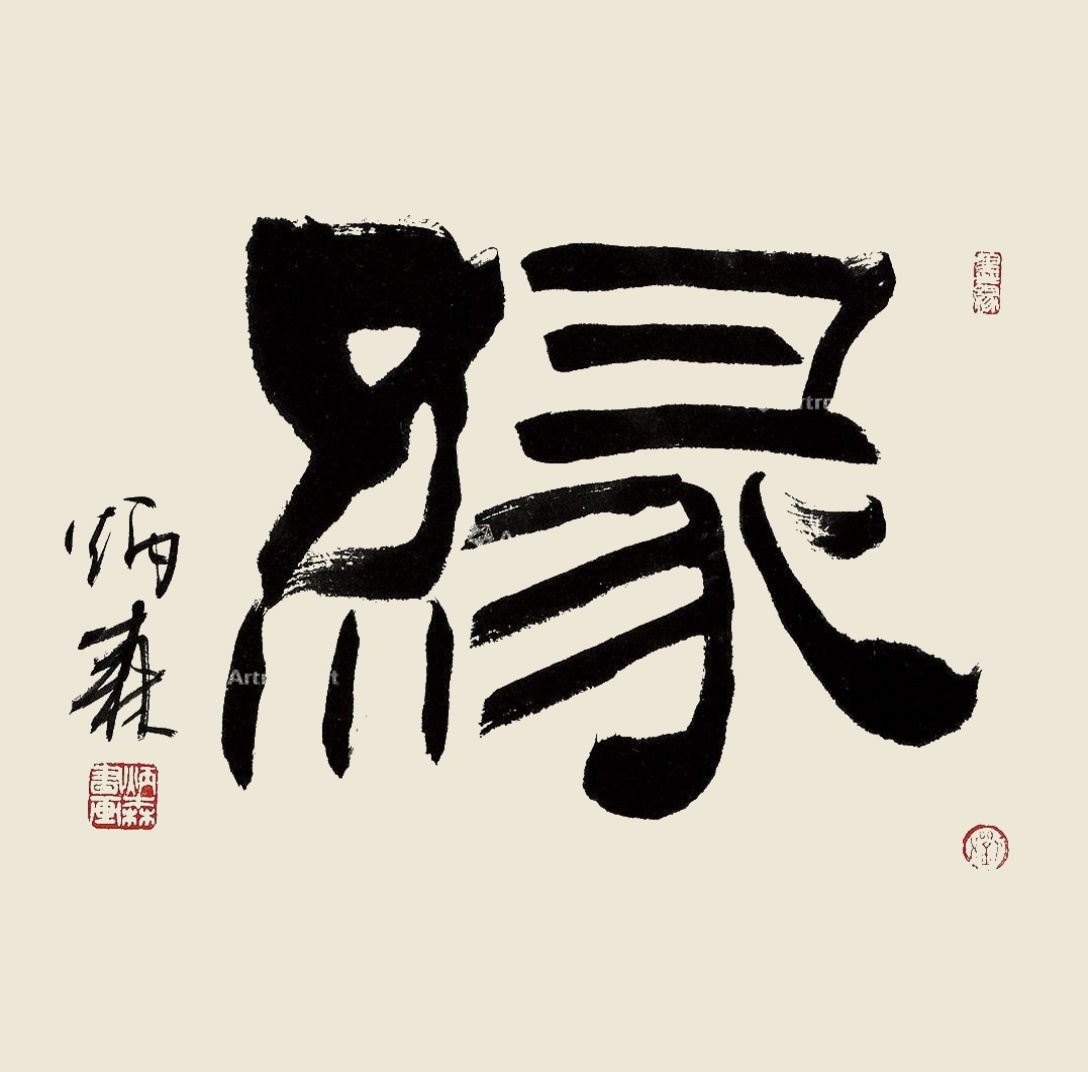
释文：缘炳森。